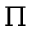
\Pi